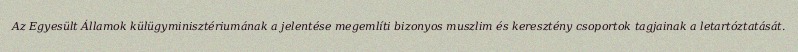
Az Egyesült Államok külügyminisztériumának a jelentése megemlíti bizonyos muszlim és keresztény csoportok tagjainak a letartóztatását.